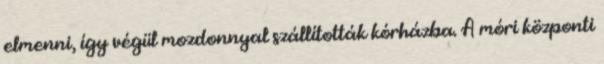
elmenni, így végül mozdonnyal szállították kórházba. A móri központi